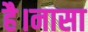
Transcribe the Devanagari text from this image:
है।नासा